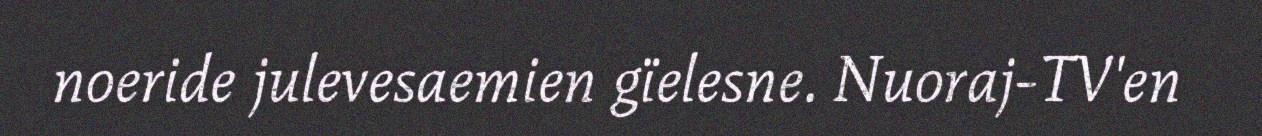
noeride julevesaemien gïelesne. Nuoraj-TV'en